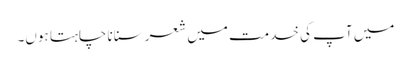
میں آپ کی خدمت میں شعر سنانا چاہتا ہوں۔